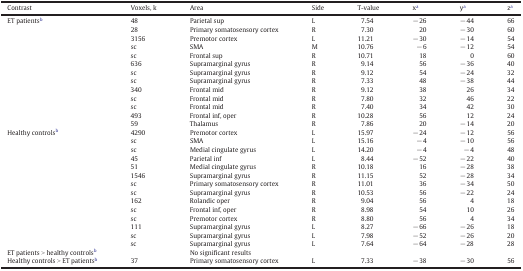
<table><thead><tr><td><b>Contrast</b></td><td><b>Voxels, k</b></td><td><b>Area</b></td><td><b>Side</b></td><td><b>T-value</b></td><td><b>xa</b></td><td><b>ya</b></td><td><b>za</b></td></tr></thead><tbody><tr><td>ET patientsb</td><td>48</td><td>Parietal sup</td><td>L</td><td>7.54</td><td>− 26</td><td>− 44</td><td>66</td></tr><tr><td>28</td><td>Primary somatosensory cortex</td><td>R</td><td>7.30</td><td>20</td><td>− 30</td><td>60</td></tr><tr><td>3156</td><td>Premotor cortex</td><td>L</td><td>11.21</td><td>− 30</td><td>− 14</td><td>54</td></tr><tr><td>sc</td><td>SMA</td><td>M</td><td>10.76</td><td>− 6</td><td>− 12</td><td>54</td></tr><tr><td>sc</td><td>Frontal sup</td><td>R</td><td>10.71</td><td>18</td><td>0</td><td>60</td></tr><tr><td>636</td><td>Supramarginal gyrus</td><td>R</td><td>9.14</td><td>56</td><td>− 36</td><td>40</td></tr><tr><td>sc</td><td>Supramarginal gyrus</td><td>R</td><td>9.12</td><td>54</td><td>− 24</td><td>32</td></tr><tr><td>sc</td><td>Supramarginal gyrus</td><td>R</td><td>7.33</td><td>48</td><td>− 38</td><td>44</td></tr><tr><td>340</td><td>Frontal mid</td><td>R</td><td>9.12</td><td>38</td><td>26</td><td>34</td></tr><tr><td>sc</td><td>Frontal mid</td><td>R</td><td>7.80</td><td>32</td><td>46</td><td>22</td></tr><tr><td>sc</td><td>Frontal mid</td><td>R</td><td>7.40</td><td>34</td><td>42</td><td>30</td></tr><tr><td>493</td><td>Frontal inf, oper</td><td>R</td><td>10.28</td><td>56</td><td>12</td><td>24</td></tr><tr><td>59</td><td>Thalamus</td><td>R</td><td>7.86</td><td>20</td><td>− 14</td><td>20</td></tr><tr><td>Healthy controlsb</td><td>4290</td><td>Premotor cortex</td><td>L</td><td>15.97</td><td>− 24</td><td>− 12</td><td>56</td></tr><tr><td>sc</td><td>SMA</td><td>L</td><td>15.16</td><td>− 4</td><td>− 10</td><td>56</td></tr><tr><td>sc</td><td>Medial cingulate gyrus</td><td>L</td><td>14.20</td><td>− 4</td><td>− 4</td><td>48</td></tr><tr><td>45</td><td>Parietal inf</td><td>L</td><td>8.44</td><td>− 52</td><td>− 22</td><td>40</td></tr><tr><td>51</td><td>Medial cingulate gyrus</td><td>R</td><td>10.18</td><td>16</td><td>− 28</td><td>38</td></tr><tr><td>1546</td><td>Supramarginal gyrus</td><td>R</td><td>11.15</td><td>52</td><td>− 28</td><td>34</td></tr><tr><td>sc</td><td>Primary somatosensory cortex</td><td>R</td><td>11.01</td><td>36</td><td>− 34</td><td>50</td></tr><tr><td>sc</td><td>Supramarginal gyrus</td><td>R</td><td>10.53</td><td>56</td><td>− 22</td><td>24</td></tr><tr><td>162</td><td>Rolandic oper</td><td>R</td><td>9.04</td><td>56</td><td>4</td><td>18</td></tr><tr><td>sc</td><td>Frontal inf, oper</td><td>R</td><td>8.98</td><td>54</td><td>10</td><td>26</td></tr><tr><td>sc</td><td>Premotor cortex</td><td>R</td><td>8.80</td><td>56</td><td>4</td><td>34</td></tr><tr><td>111</td><td>Supramarginal gyrus</td><td>L</td><td>8.27</td><td>− 66</td><td>− 26</td><td>18</td></tr><tr><td>sc</td><td>Supramarginal gyrus</td><td>L</td><td>7.98</td><td>− 52</td><td>− 26</td><td>20</td></tr><tr><td>sc</td><td>Supramarginal gyrus</td><td>L</td><td>7.64</td><td>− 64</td><td>− 28</td><td>28</td></tr><tr><td>ET patients &gt; healthy controlsb</td><td></td><td>No significant results</td><td></td><td></td><td></td><td></td><td></td></tr><tr><td>Healthy controls &gt; ET patientsb</td><td>37</td><td>Primary somatosensory cortex</td><td>L</td><td>7.33</td><td>− 38</td><td>− 30</td><td>56</td></tr></tbody></table>